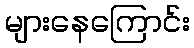
များနေကြောင်း